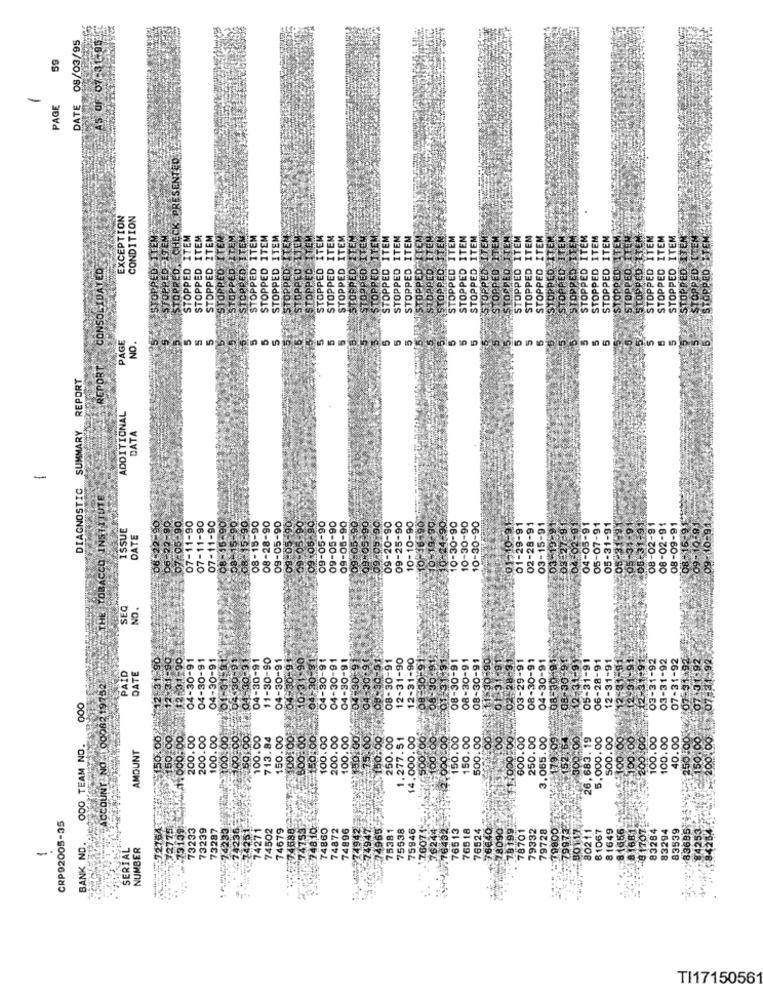
DATE 08/03/95
AS OF: 07-31.95
-
PAGE
EXCEPTION
CONDITION
TEM
TEM
TEM
TEM
TEM
TEM
TEM
TEM
TEM
TEM
TEM
TEM
TEM
TEM
CONSOLIDATED
OPPE
PAGE
NO.
REPORT
SUMMARY REPORT
ADDITIONAL
DATA
-
DIAGNOSTIC
ITHE TOBACCO INSTITUTE
-90
7:05-90
07-11-90
07-11-90
07-11-90
OB 15-90
9-05-90
10-30-90
ISSUE
5.90
08-15-90
08-15-90
08-28-90
09-05-90
09-05-90
09:05 90
9-05-90
09-05-90
10-30-90
10-30-90
28-9
08-02-91
DATE
-09-05
09-
09-
10-
02-
03-
05-
05-
08-
08-
SEQ
NO.
-30-91
04-30-91
04-30-91
30-91
4-30-91
-30-90
-30-91
30-91
10:31-90
04-20-81
04-30-91
04-30-91
04-30-91
-04-30 91
04-30.91
8-30-91
2-31-90
-31-90
0F91
19915
08-30-91
08-30-91
08-30-91
$30,90
191
28-91
08-30-91
1-91
03-29-9
30-9
6-28-9
62197521
PAID
DATE
03-
000
100:00101
₹1150.000
ACCOUNT NO 100
₹$150.00
150.00
¥000.00
200.00
200.00
100.00
£100.00
25.00.00
50.00
100.00
713.84
150.00
150.00
100.00
200.00
100.00
:75:00
+150.00
250.00
1.277.51
14.000.00
150.00
150.00
500.00
7.00
600.00
250.00
3,065.00
152.64
26,683. 19
5,000.00
500.00
$100 .00
$100.00
200.00
100.00
100.00
40.00
150.00
.000 TEAM NO.
AMOUNT
1799
200.
CRP92005-35
7727757
- 73159
73233
73239
73287
₹ 74233
-74235
-24251
74271
74502
74679
74753
748,10
74860
74872
74896
Z4942
74947
-74963
75381
75538
75946
. 76075
576432
76513
76518
76524
.76640
278090
: 78199
78701
79332
79728
1779800
253 79972
BOY17
61067
8 1649
8 1956
1681
48 1707
83284
83294
83539
-8368'5
4253
$84284
7624
90211
BANK NO.
SERIAL
NUMBER
TI17150561